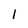
Character: 1